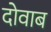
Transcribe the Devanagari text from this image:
दोवाब